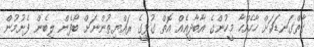
ގާތްގަނޑަކަށް ހާހެއްހާ މީހުންގެ އާބާދީއެއް އޮތް ގުޅީގެ ރައްޔިތުންނަށް ބޯފެން ލިބެން ފެށުމުން